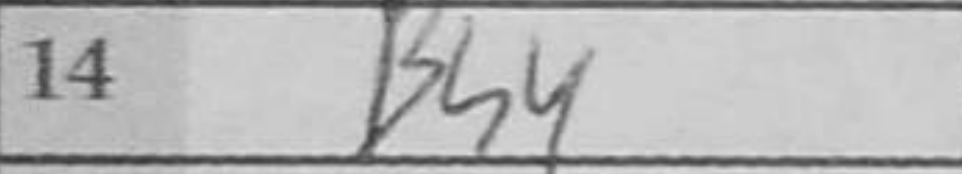
Transcription: Bh4